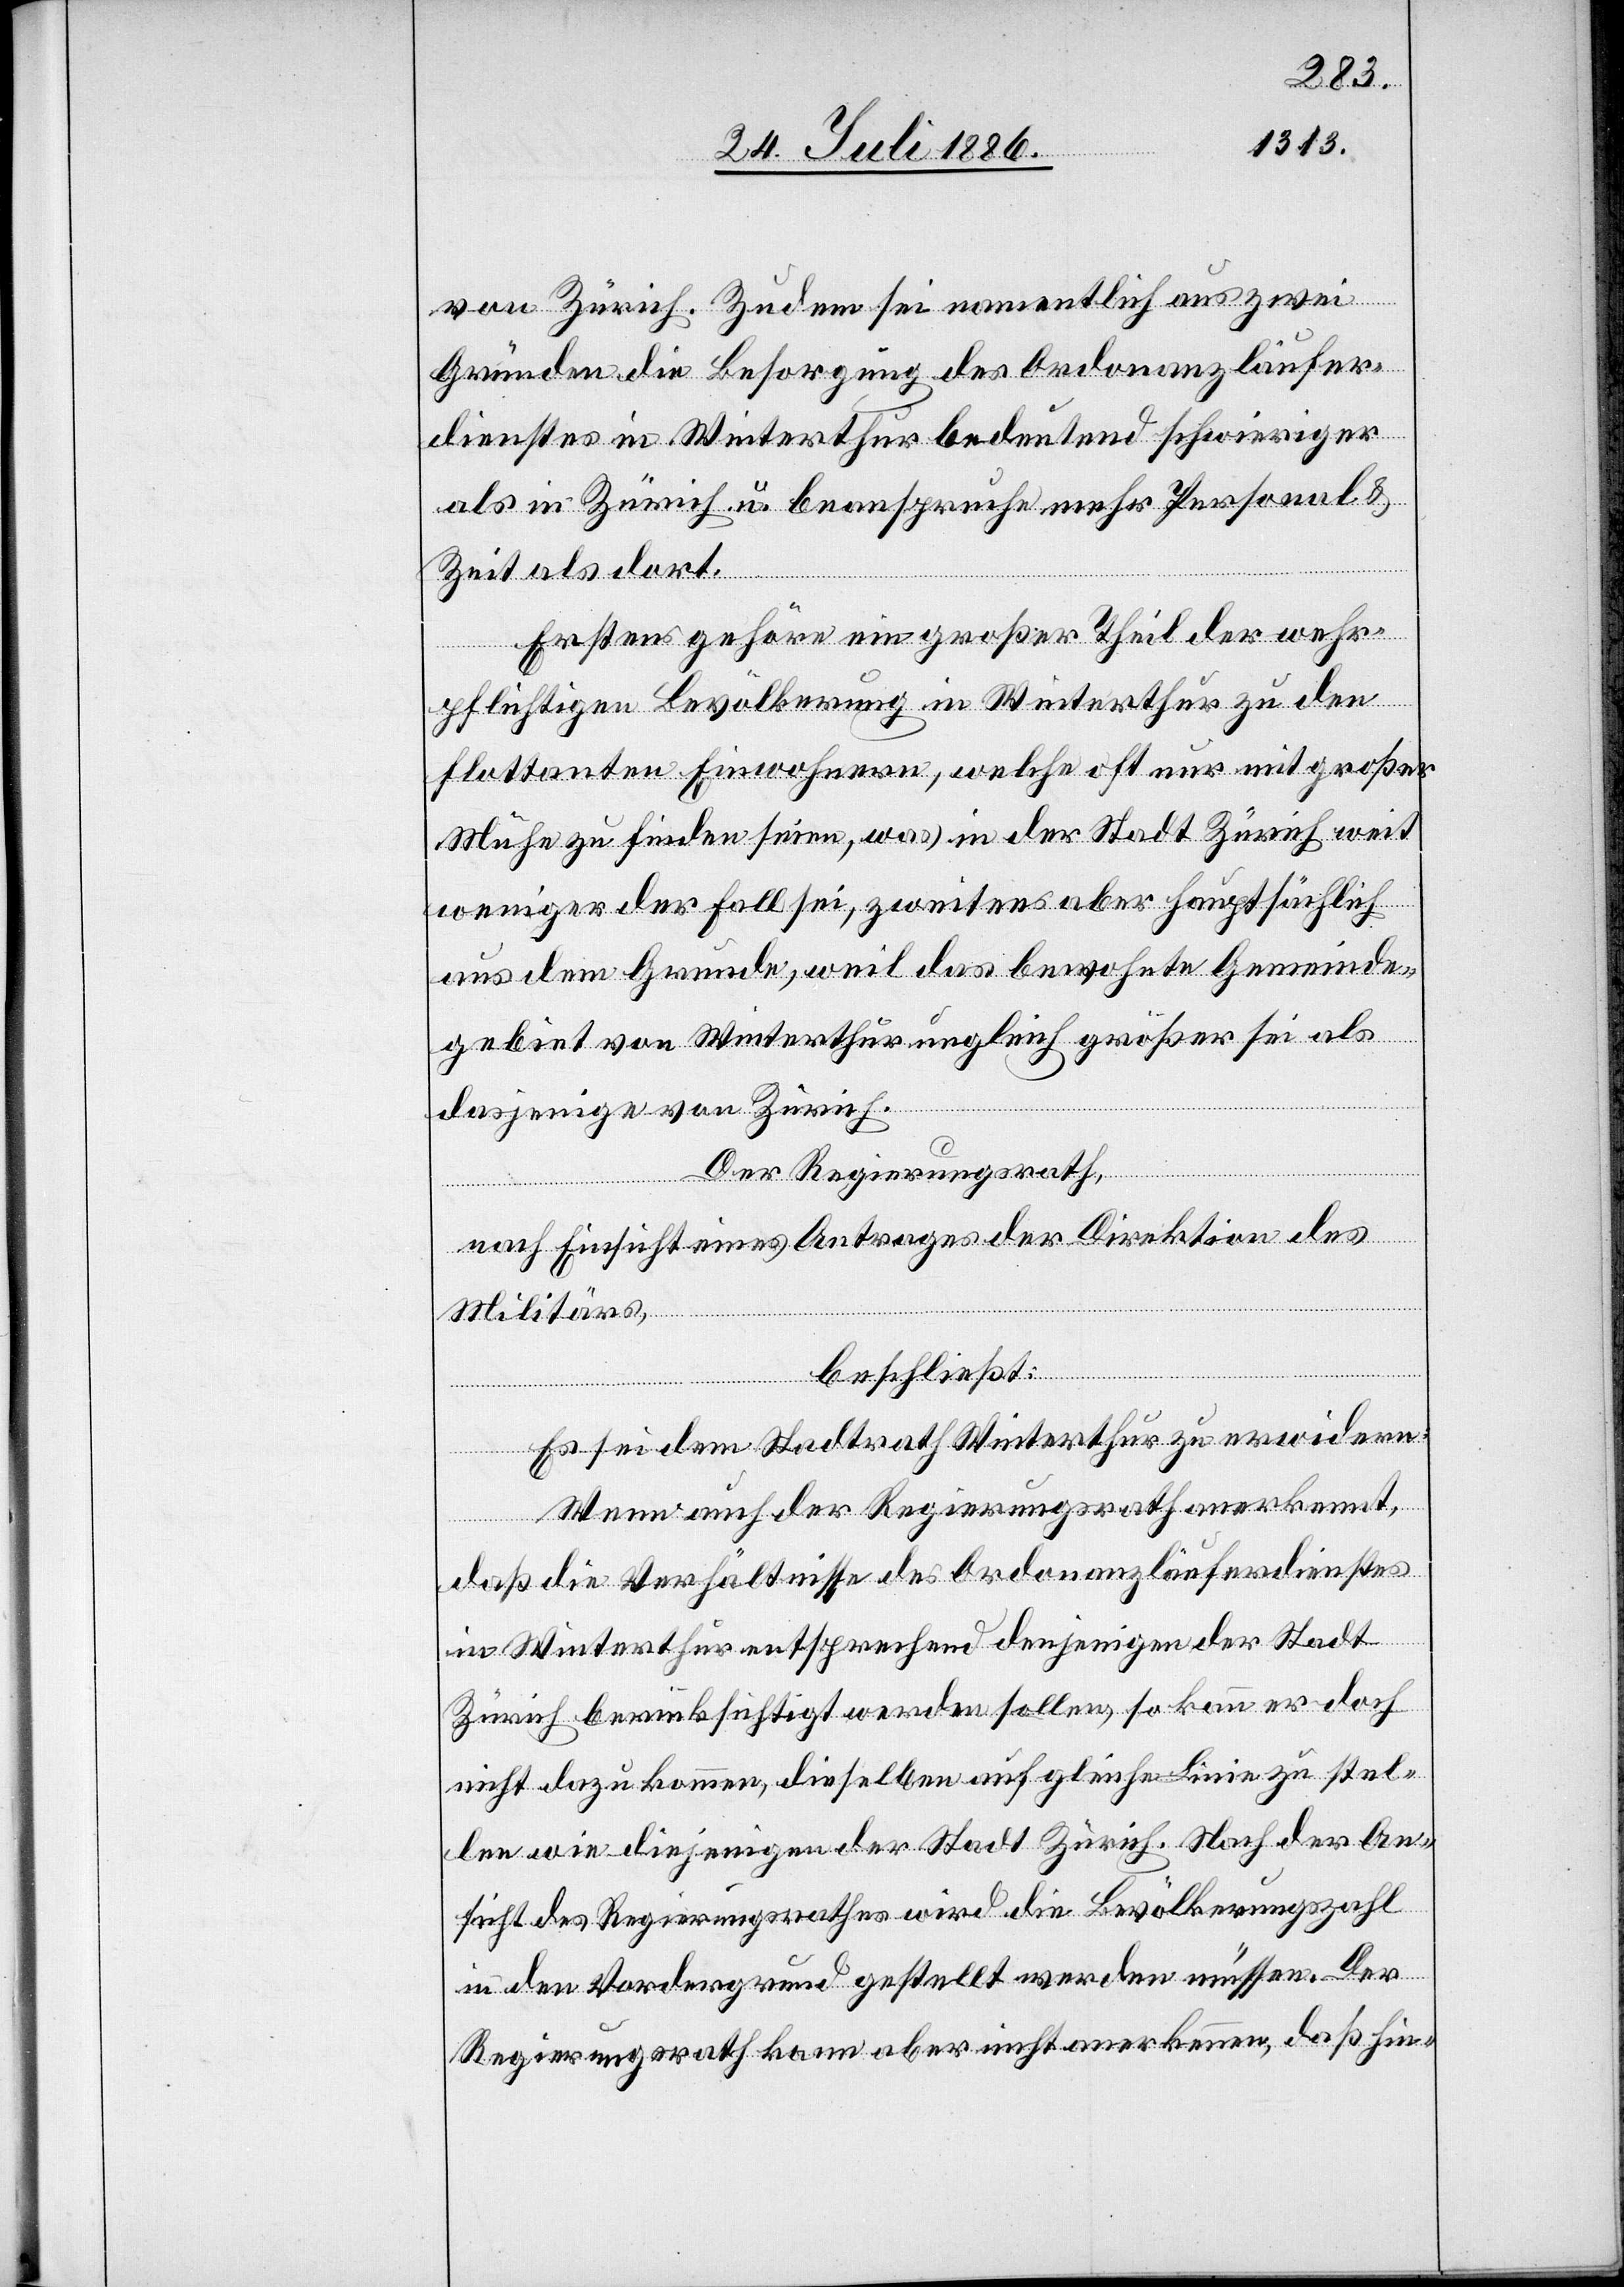
von Zürich. Zudem sei namentlich aus zwei
Gründen die Besorgung des Ordonanzläufer¬
dienstes in Winterthur bedeutend schwieriger
als in Zürich u. beanspruche mehr Personal &
Zeit als dort.
Erstens gehöre ein großer Theil der wehr¬
pflichtigen Bevölkerung in Winterthur zu den
flottanten Einwohnern, welche oft nur mit großer
Mühe zu finden seien, was in der Stadt Zürich weit
weniger der Fall sei, zweitens aber hauptsächlich
aus dem Grunde, weil das bewohnte Gemeinde¬
gebiet von Winterthur ungleich größer sei als
dasjenige von Zürich.
Der Regierungsrath,
nach Einsicht eines Antrages der Direktion des
Militärs,
beschließt:
Es sei dem Stadtrath Winterthur zu erwidern:
Wenn auch der Regierungsrath anerkennt,
daß die Verhältnisse des Ordonanzläuferdienstes
in Winterthur entsprechend denjenigen der Stadt
Zürich berücksichtigt werden sollen, so kann er doch
nicht dazu kommen, dieselben auf gleiche Linie zu stel¬
len wie diejenigen der Stadt Zürich. Nach der An¬
sicht des Regierungsrathes wird die Bevölkerungszahl
in den Vordergrund gestellt werden müssen. Der
Regierungsrath kann aber nicht anerkennen, daß hin-